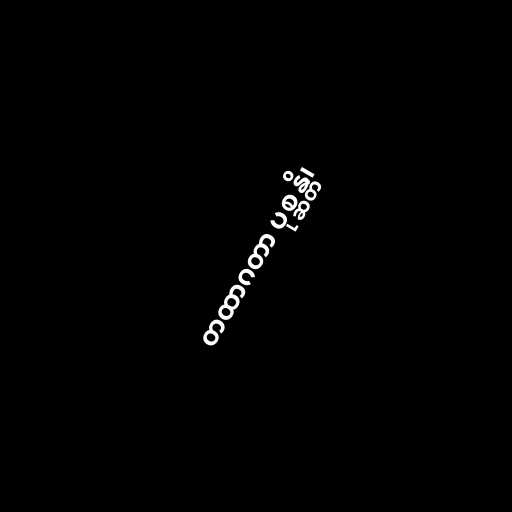
တထာဂတာ ပုစ္ဆန္တိ၊